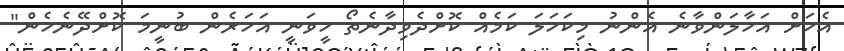
އެހަށް އަހާލަންވާނެ އެންނު މިކަހަލަ ކަމެއް ކޮށްދެވިދާނެތޯ ހީވަނީ އަހަރެން ބުނީމަ ކޮށްދޭނެހެން"